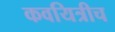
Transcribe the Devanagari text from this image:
कवयित्रीच